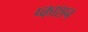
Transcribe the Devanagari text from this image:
प्काशन